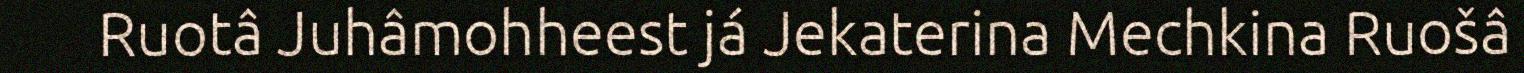
Ruotâ Juhâmohheest já Jekaterina Mechkina Ruošâ